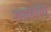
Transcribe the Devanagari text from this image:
गहलोत्